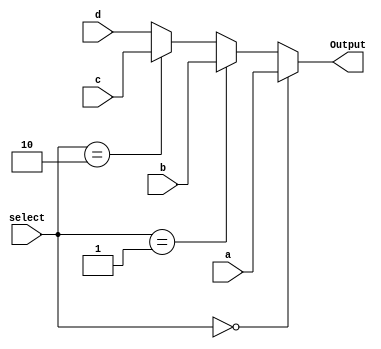
module Mux(
    input [DATA_WIDTH-1:0] a,      // Input a
    input [DATA_WIDTH-1:0] b,      // Input b
    input [DATA_WIDTH-1:0] c,      // Input c
    input [DATA_WIDTH-1:0] d,      // Input d
    input [1:0] select,            // Select signal
    output [DATA_WIDTH-1:0] Output // Output signal
    );
    parameter DATA_WIDTH = 1;      // Data width of inputs and output
    assign Output = (select==2'b00) ? a : (select==2'b01) ? b : (select==2'b10) ? c : d; // MUX logic

endmodule